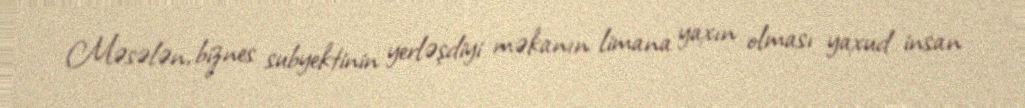
Məsələn, biznes subyektinin yerləşdiyi məkanın limana yaxın olması yaxud insan